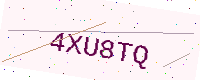
Text: 4XU8TQ